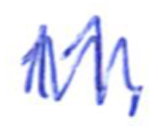
Text: 11,
Cross-out: zig-zag
Writing tool: ballpoint